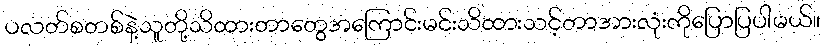
ပလတ်စတစ်နဲ့သူတို့သိထားတာတွေအကြောင်းမင်းသိထားသင့်တာအားလုံးကိုပြောပြပါမယ်။